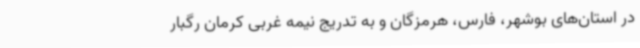
در استان‌های بوشهر، فارس، هرمزگان و به تدریج نیمه غربی کرمان رگبار